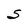
Character: S